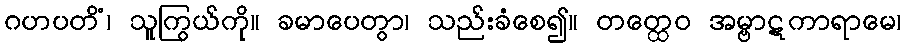
ဂဟပတိံ၊ သူကြွယ်ကို။ ခမာပေတွာ၊ သည်းခံစေ၍။ တတ္ထေဝ အမ္ဗာဋကာရာမေ၊